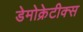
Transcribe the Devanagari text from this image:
डेमोक्रेटीक्स